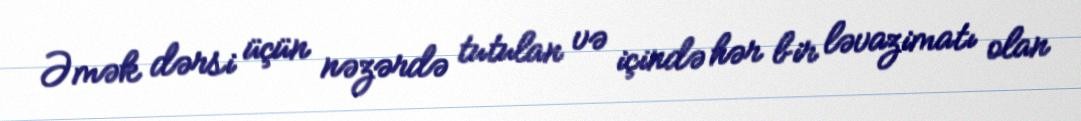
Əmək dərsi üçün nəzərdə tutulan və içində hər bir ləvazimatı olan